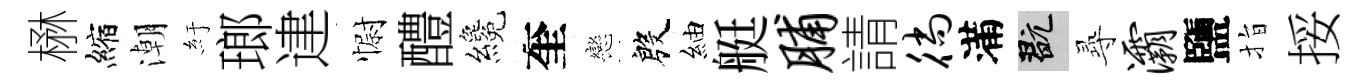
楙縮潮紆瑯䢖𢠢醴纔奎戀殷紬艇脯請徜滿玩𡬶灞鹽指挼